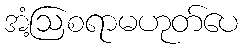
အံ့ဩစရာမဟုတ်ပေ